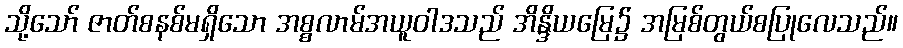
သို့သော် ဇာတ်စနစ်မရှိသော အစ္စလာမ်အယူဝါဒသည် အိန္ဒိယမြေ၌ အမြစ်တွယ်စပြုလေသည်။